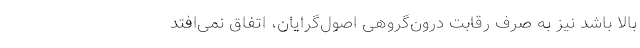
بالا باشد نیز به صرف رقابت درون‌گروهی اصول‌گرایان، اتفاق نمی‌افتد